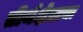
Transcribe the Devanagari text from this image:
तीर्थक्षेत्राचा